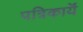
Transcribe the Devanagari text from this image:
पत्रिकायॆं